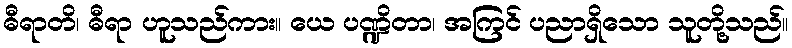
ဓီရာတိ၊ ဓီရာ ဟူသည်ကား။ ယေ ပဏ္ဍိတာ၊ အကြင် ပညာရှိသော သူတို့သည်။